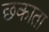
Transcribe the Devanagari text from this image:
छकाता